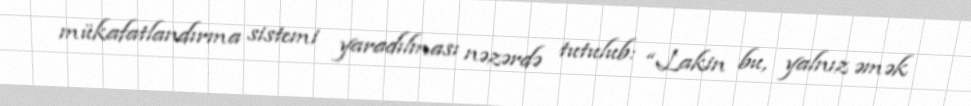
mükafatlandırma sistemi yaradılması nəzərdə tutulub: “Lakin bu, yalnız əmək